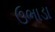
ઉભાડા